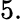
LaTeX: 5.